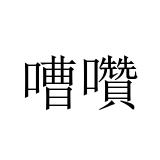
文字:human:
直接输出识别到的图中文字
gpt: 嘈囋